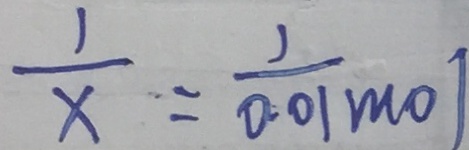
\frac { 1 } { x } = \frac { 1 } { 0 . 0 1 m o l }